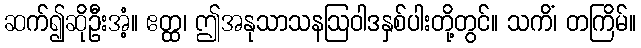
ဆက်၍ဆိုဦးအံ့။ ဧတ္ထ၊ ဤအနုသာသနဩဝါဒနှစ်ပါးတို့တွင်။ သကိံ၊ တကြိမ်။